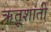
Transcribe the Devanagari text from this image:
ऋतूशांती